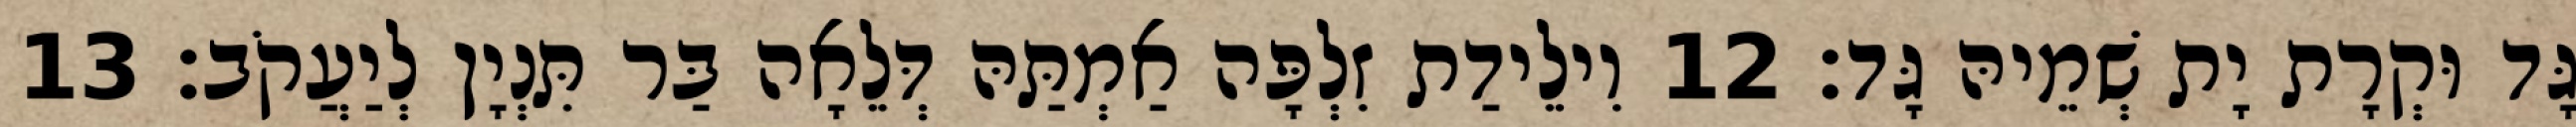
גָּד וּקְרָת יָת שְׁמֵיהּ גָּד׃ 12 וִילֵידַת זִלְפָּה אַמְתַּהּ דְּלֵאָה בַּר תִּנְיָן לְיַעֲקֹב׃ 13